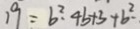
1 9 = b ^ { 2 } \cdot 4 b + 3 + b ^ { 2 } - .